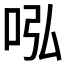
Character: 𠰈